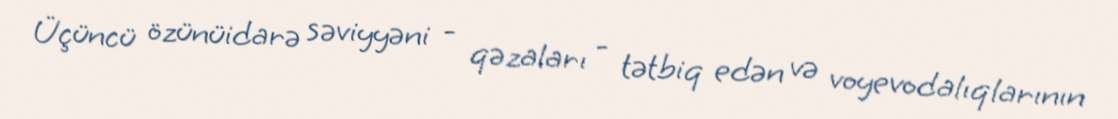
Üçüncü özünüidarə səviyyəni - qəzaları - tətbiq edən və voyevodalıqlarının